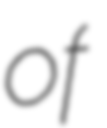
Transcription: of